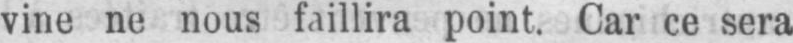
vine ne nous faillira point. Car ce sera